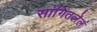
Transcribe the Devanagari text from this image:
सांगितलेलं